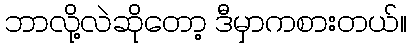
ဘာလို့လဲဆိုတော့ ဒီမှာကစားတယ်။